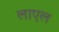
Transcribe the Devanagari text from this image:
लाएल